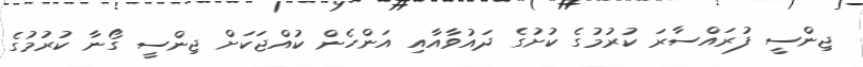
ޖިންސީ ފުރައްސާރަ ކުރުމުގެ ކުށުގެ ދައުވާއާއި އަންހެން ކުއްޖަކަށް ޖިންސީ ގޯނާ ކުރުމުގެ